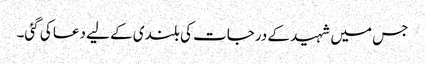
جس میں شہید کے درجات کی بلندی کے لیے دعا کی گئی۔